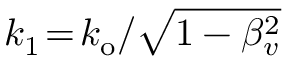
k _ { 1 } \! = \! k _ { \mathrm { o } } / \sqrt { 1 - \beta _ { v } ^ { 2 } }